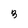
Character: 3